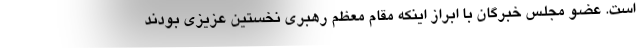
است. عضو مجلس خبرگان با ابراز اینکه مقام معظم رهبری نخستین عزیزی بودند